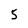
Character: 5